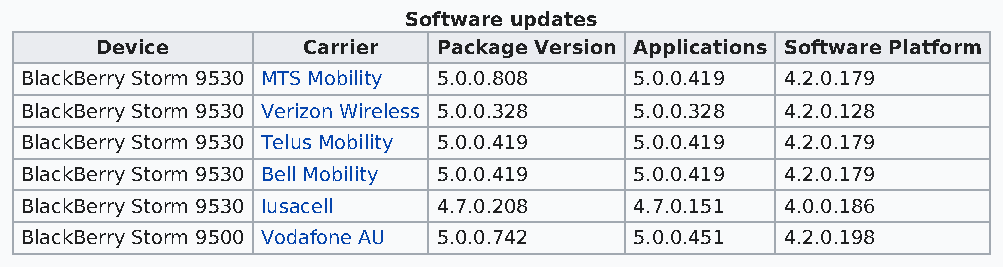
Software updates
 Device        Carrier  Package Version Applications Software Platform
 BlackBerry Storm 9530 MTS Mobility 5.0.0.808 5.0.0.419 4.2.0.179
 BlackBerry Storm 9530 Verizon Wireless 5.0.0.328 5.0.0.328 4.2.0.128
 BlackBerry Storm 9530 Telus Mobility 5.0.0.419 5.0.0.419 4.2.0.179
 BlackBerry Storm 9530 Bell Mobility 5.0.0.419 5.0.0.419 4.2.0.179
 BlackBerry Storm 9530 Iusacell 4.7.0.208 4.7.0.151 4.0.0.186
 BlackBerry Storm 9500 Vodafone AU 5.0.0.742 5.0.0.451 4.2.0.198